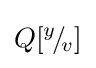
Q[^{y}\!/\!_{v}]